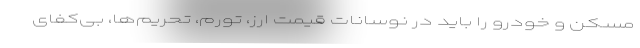
مسکن و خودرو را باید در نوسانات قیمت ارز، تورم، تحریم‌ها، بی‌کفای